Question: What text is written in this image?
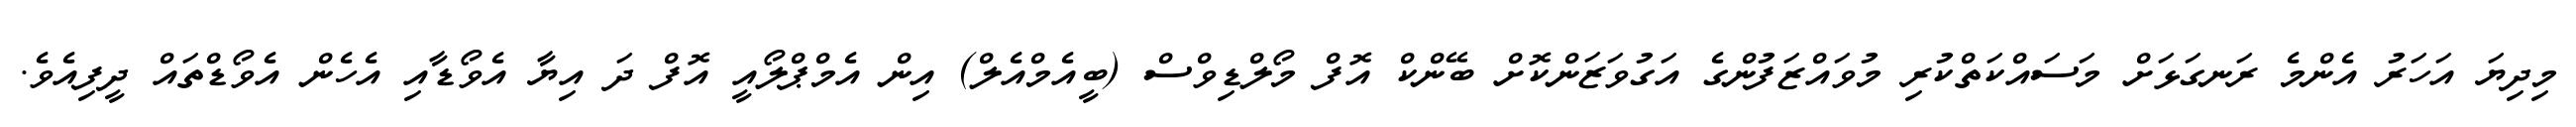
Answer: މިދިޔަ އަހަރު އެންމެ ރަނގަޅަށް މަސައްކަތްކުރި މުވައްޒަފުންގެ އަގުވަޒަންކޮށް ބޭންކް އޮފް މޯލްޑިވްސް (ބީއެމްއެލް) އިން އެމްޕްލޯއީ އޮފް ދަ އިޔާ އެވޯޑާއި އެހެން އެވޯޑްތައް ދީފިއެވެ.